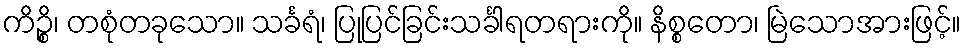
ကိဉ္စိ၊ တစုံတခုသော။ သင်္ခရံ၊ ပြုပြင်ခြင်းသင်္ခါရတရားကို။ နိစ္စတော၊ မြဲသောအားဖြင့်။